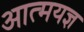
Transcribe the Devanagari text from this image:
आत्मयज्ञ